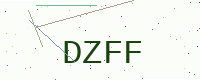
Text: DZFF